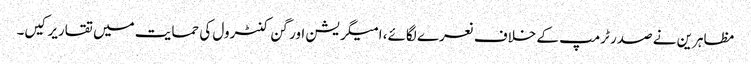
مظاہرین نے صدر ٹرمپ کے خلاف نعرے لگائے، امیگریشن اور گن کنٹرول کی حمایت میں تقاریرکیں۔